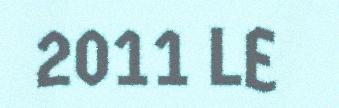
2011 LE